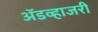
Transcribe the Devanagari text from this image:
ॲडव्हाजरी